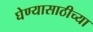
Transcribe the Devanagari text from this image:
घेण्यासाठीच्या